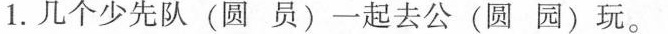
1. 几个少先队(圆员)一起去公(圆园)玩。